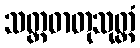
သတ္တဓာတုသုတ္တံ